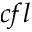
c f l